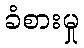
ခံစားမှု